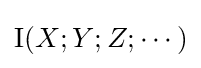
\operatorname {I} (X;Y;Z;\cdots )